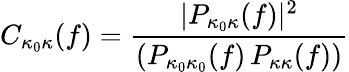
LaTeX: C_{\kappa_{0}\kappa}(f)=\frac{|P_{\kappa_{0}\kappa}(f)|^{2}}{(P_{\kappa_{0}\kappa_{0}}(f)\, P_{\kappa\kappa}(f))}